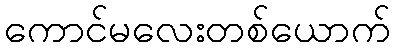
ကောင်မလေးတစ်ယောက်